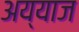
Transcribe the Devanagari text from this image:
अय्याज